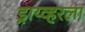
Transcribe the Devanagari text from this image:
ड्राय्व्हरला